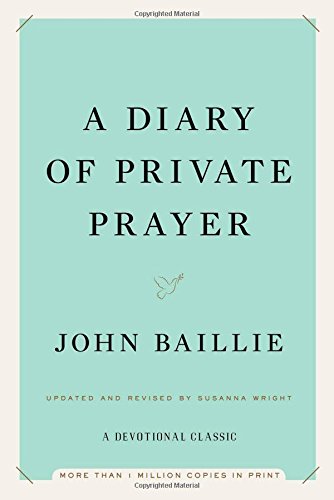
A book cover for A Diary of Private Prayer; John Baillie; Christian Books & Bibles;